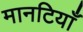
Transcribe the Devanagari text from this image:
मानटियाँ